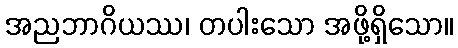
အညဘာဂိယဿ၊ တပါးသော အဖို့ရှိသော။